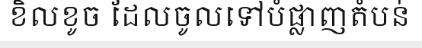
ខិលខូច ដែលចូលទៅបំផ្លាញតំបន់